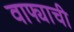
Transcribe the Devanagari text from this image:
वाफ्याची